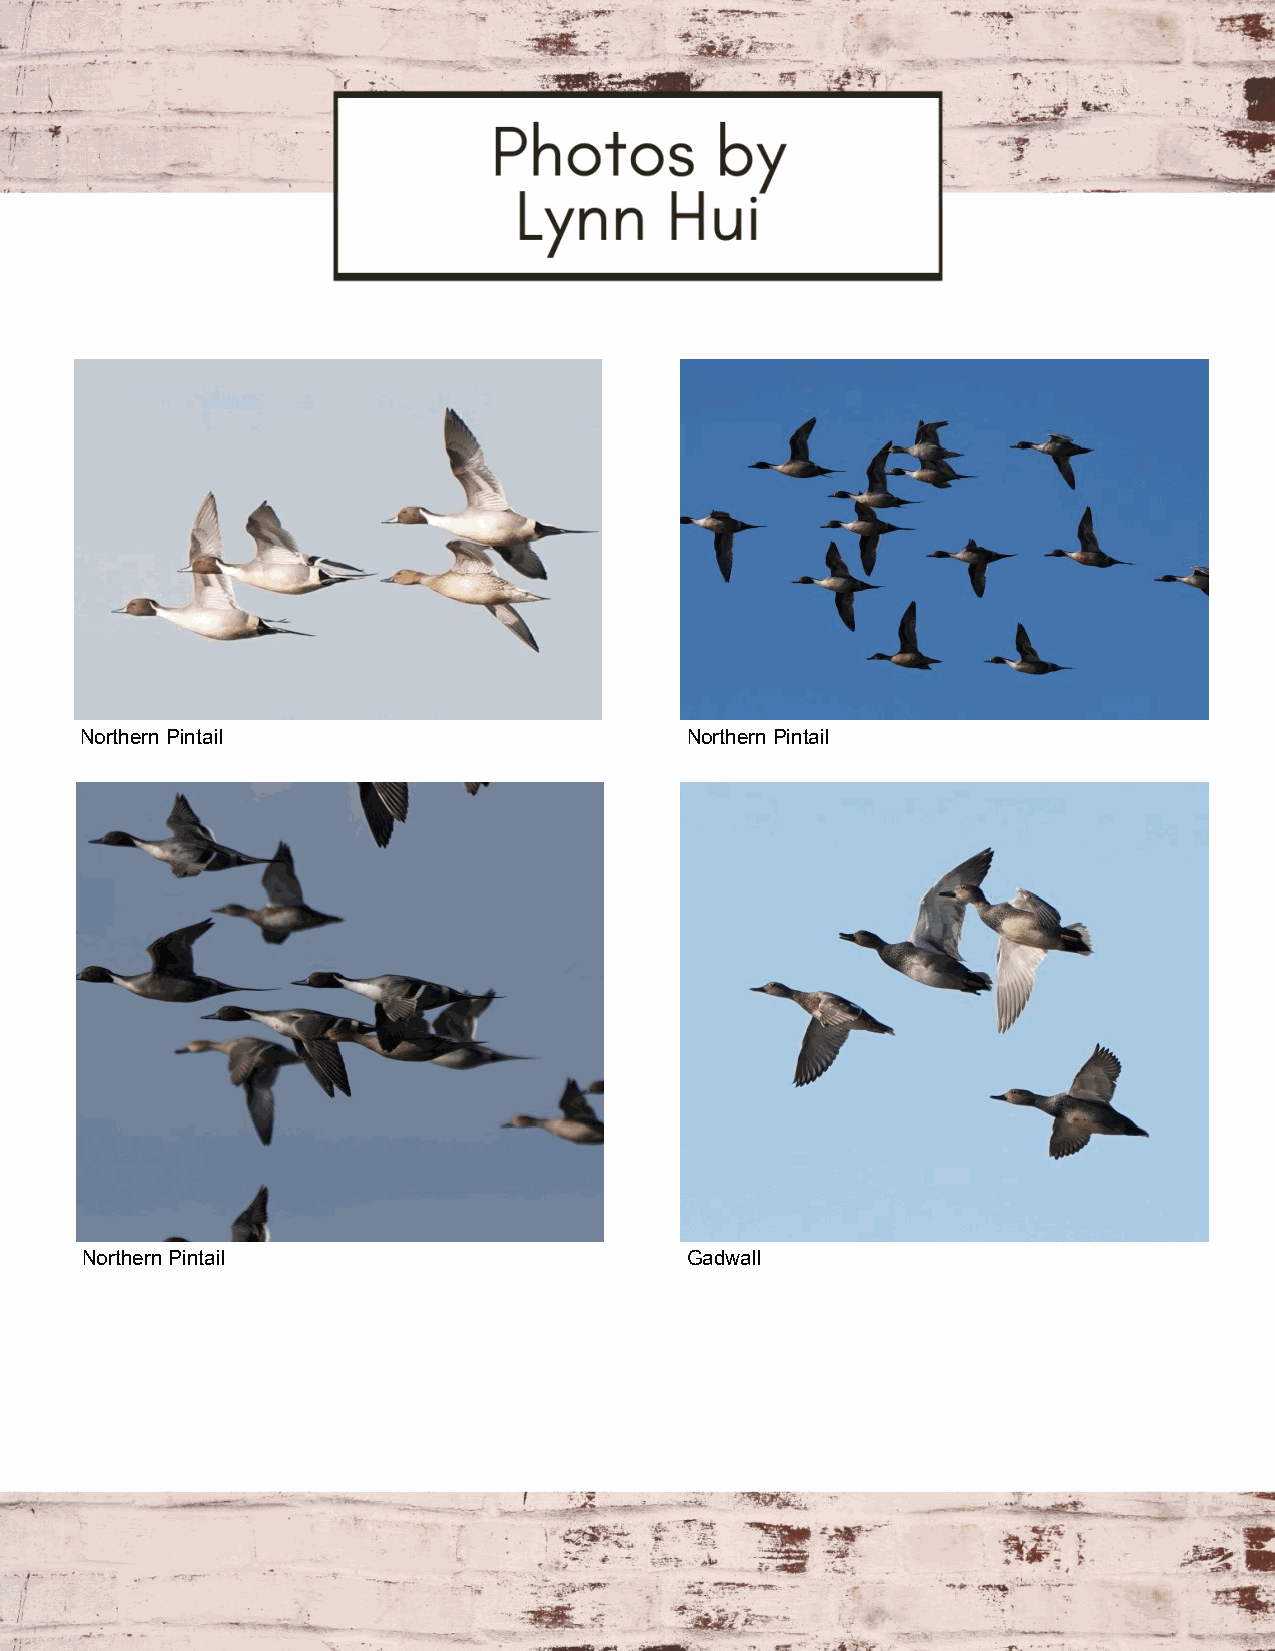
Northern Pintail                        Northern Pintail
 Northern Pintail                        Gadwall